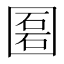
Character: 𡈔